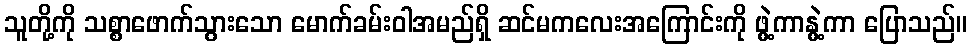
သူတို့ကို သစ္စာဖောက်သွားသော မောက်ခမ်းဝါအမည်ရှိ ဆင်မကလေးအကြောင်းကို ဖွဲ့ကာနွဲ့ကာ ပြောသည်။